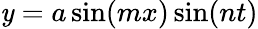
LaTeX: \mathit{y}=a\sin(mx)\sin(nt)